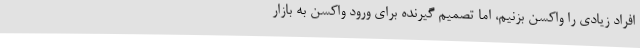
افراد زیادی را واکسن بزنیم، اما تصمیم گیرنده برای ورود واکسن به بازار